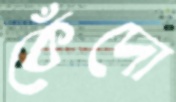
কেঁদো